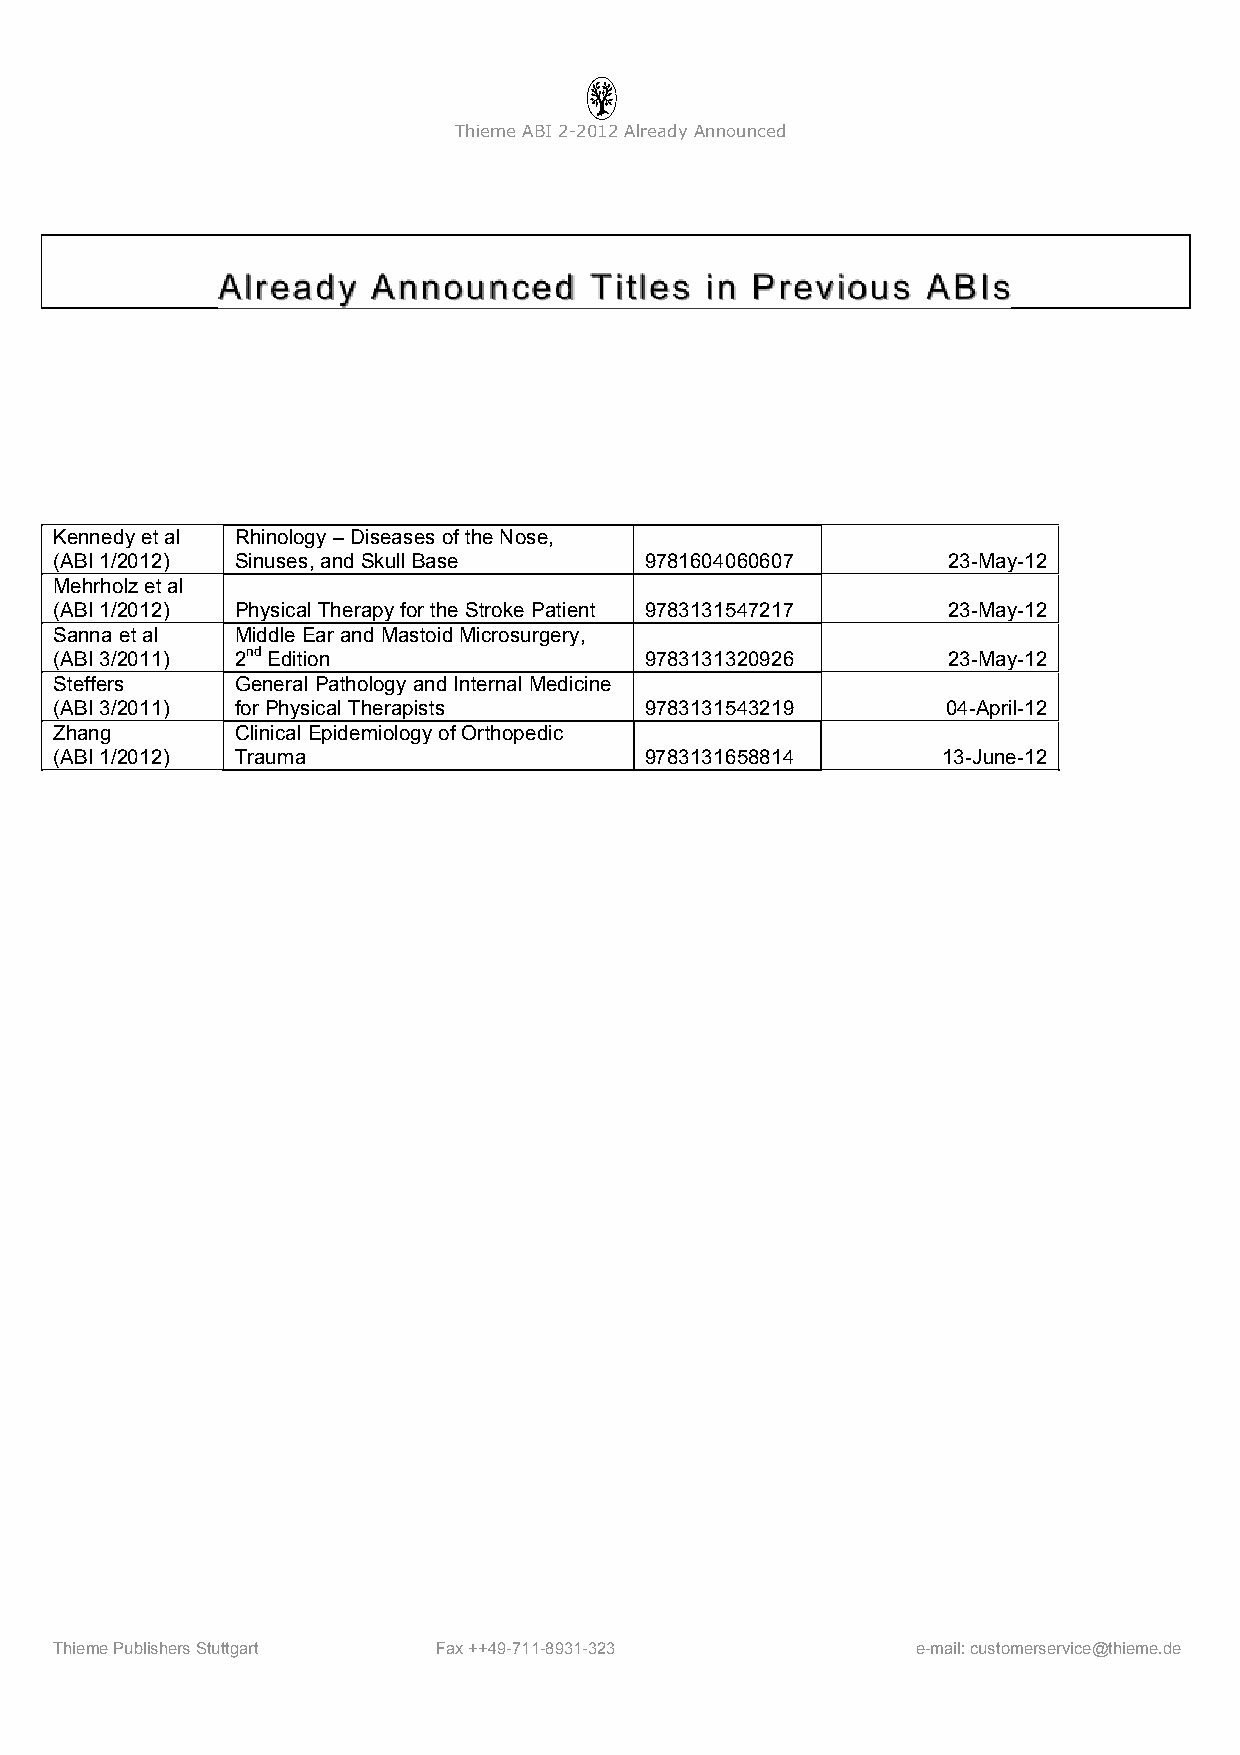
ThiemeABI2-2012AlreadyAnnounced
 Already    Announced     Titles  in Previous   ABIs
 Kennedyetal Rhinology–Diseases oftheNose,
 (ABI1/2012) Sinuses,andSkullBase       9781604060607       23-May-12
 Mehrholzetal
 (ABI1/2012) PhysicalTherapy forthe Stroke Patient 9783131547217 23-May-12
 Sannaetal   MiddleEarand MastoidMicrosurgery,
 (ABI3/2011) 2ndEdition                 9783131320926       23-May-12
 Steffers    General Pathology andInternalMedicine
 (ABI3/2011) forPhysicalTherapists      9783131543219       04-April-12
 Zhang       Clinical Epidemiology ofOrthopedic
 (ABI1/2012) Trauma                     9783131658814      13-June-12
 ThiemePublishersStuttgart Fax++49-711-8931-323           e-mail:customerservice@thieme.de